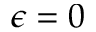
\epsilon = 0